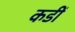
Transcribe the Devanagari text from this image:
कडीं